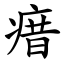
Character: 瘄